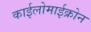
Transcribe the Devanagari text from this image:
काईलोमाईक्रोन